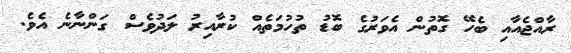
ރާއްޖެއާއި ބެހޭ ގޮތުން އެވަރުގެ ބޮޑު ތުހުމަތެއް ކުރާއިރު ލަދުވެސް ގަންނާނެ އެވެ.